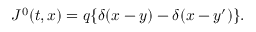
J ^ { 0 } ( t , x ) = q \{ \delta ( x - y ) - \delta ( x - y ^ { \prime } ) \} .